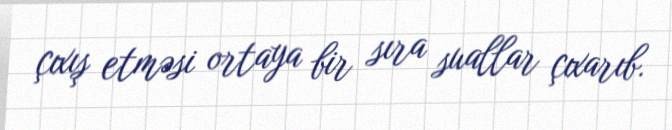
çıxış etməsi ortaya bir sıra suallar çıxarıb.